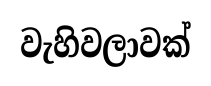
වැහිවලාවක්